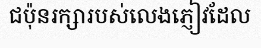
ជប៉ុនរក្សារបស់លេងភ្ញៀវដែល